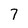
Character: 7